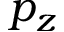
p _ { z }